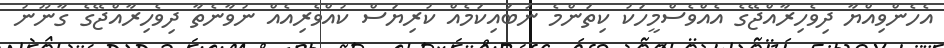
އެހެންވިއްޔާ ދިވެހިރާއްޖޭގެ އެއްވެސްމީހަކު ކިތަންމެ ނުބައިކަމެއް ކުރިޔަސް ކުއްވެރިއެއް ނުވާނެތާ ދިވެހިރާއްޖޭގެ ގާނޫނު